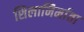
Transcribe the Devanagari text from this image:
शिलानिर्माता